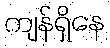
ကျန်ရှိနေ